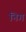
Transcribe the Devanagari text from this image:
निग